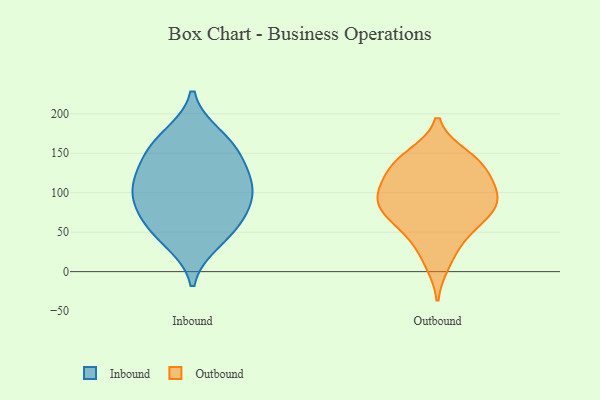
{"axis": {"x": "Production Output", "y": "Value"}, "legend": ["Inbound", "Outbound"], "data": [{"x": "", "y": 172, "type": "Inbound"}, {"x": "", "y": 160, "type": "Inbound"}, {"x": "", "y": 78, "type": "Inbound"}, {"x": "", "y": 154, "type": "Inbound"}, {"x": "", "y": 95, "type": "Inbound"}, {"x": "", "y": 38, "type": "Inbound"}, {"x": "", "y": 126, "type": "Inbound"}, {"x": "", "y": 106, "type": "Inbound"}, {"x": "", "y": 63, "type": "Inbound"}, {"x": "", "y": 98, "type": "Inbound"}, {"x": "", "y": 126, "type": "Inbound"}, {"x": "", "y": 51, "type": "Inbound"}, {"x": "", "y": 122, "type": "Outbound"}, {"x": "", "y": 93, "type": "Outbound"}, {"x": "", "y": 36, "type": "Outbound"}, {"x": "", "y": 138, "type": "Outbound"}, {"x": "", "y": 141, "type": "Outbound"}, {"x": "", "y": 84, "type": "Outbound"}, {"x": "", "y": 133, "type": "Outbound"}, {"x": "", "y": 11, "type": "Outbound"}, {"x": "", "y": 69, "type": "Outbound"}, {"x": "", "y": 105, "type": "Outbound"}, {"x": "", "y": 74, "type": "Outbound"}, {"x": "", "y": 99, "type": "Outbound"}, {"x": "", "y": 100, "type": "Outbound"}, {"x": "", "y": 75, "type": "Outbound"}, {"x": "", "y": 147, "type": "Outbound"}, {"x": "", "y": 53, "type": "Outbound"}]}